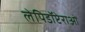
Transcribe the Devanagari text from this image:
लेपिडॉप्टेराओं